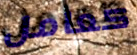
كعامل